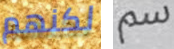
لكنهم سم